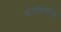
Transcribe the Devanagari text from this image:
बायोमिमेटिक